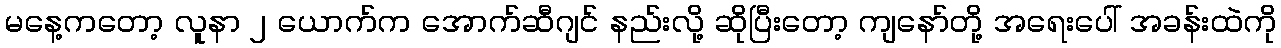
မနေ့ကတော့ လူနာ ၂ ယောက်က အောက်ဆီဂျင် နည်းလို့ ဆိုပြီးတော့ ကျနော်တို့ အရေးပေါ် အခန်းထဲကို